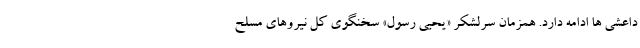
داعشی ها ادامه دارد. همزمان سرلشکر «یحیی رسول» سخنگوی کل نیروهای مسلح